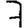
Digit: 7